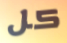
كل